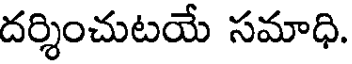
దర్శించుటయే సమాధి.